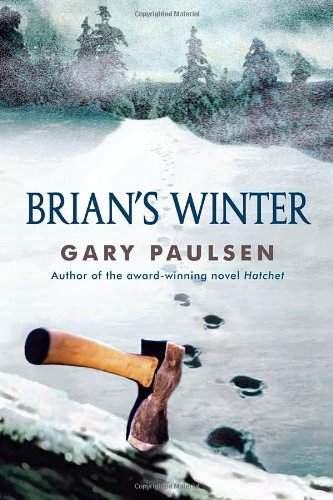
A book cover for Brian's Winter; Gary Paulsen; Children's Books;